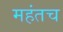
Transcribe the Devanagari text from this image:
महंतच